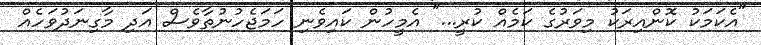
"އެކަމަކު ކޮންއިރަކު މިވަރުގެ ކަމެއް ކުރީ..." އެމީހުން ކައިވެނި ހަމަޖެހުނުތާވެސް އަދި މާގިނަދުވަހެއް